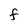
Character: F